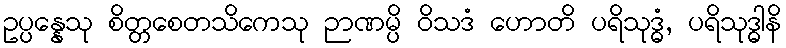
ဥပ္ပန္နေသု စိတ္တစေတသိကေသု ဉာဏမ္ပိ ဝိသဒံ ဟောတိ ပရိသုဒ္ဓံ, ပရိသုဒ္ဓါနိ